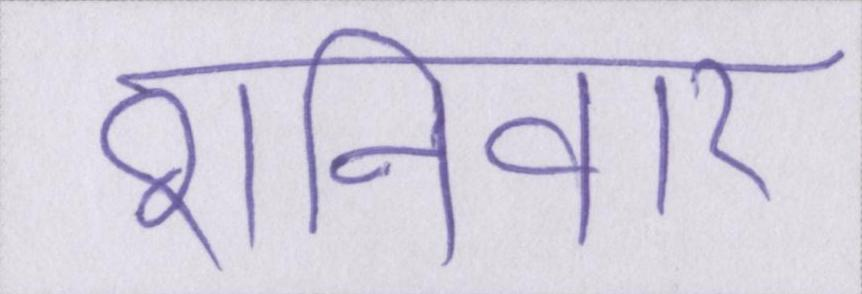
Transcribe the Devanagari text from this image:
शनिवार